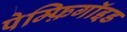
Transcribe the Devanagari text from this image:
पेम्फ़िगॉइड